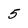
Character: 5